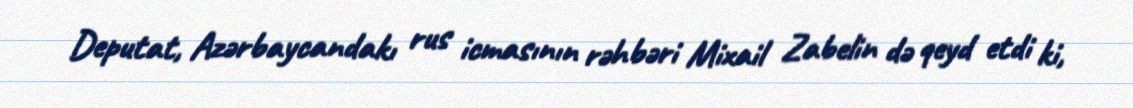
Deputat, Azərbaycandakı rus icmasının rəhbəri Mixail Zabelin də qeyd etdi ki,